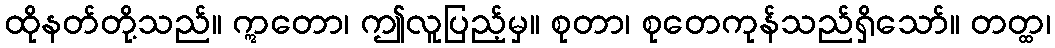
ထိုနတ်တို့သည်။ ဣတော၊ ဤလူပြည့်မှ။ စုတာ၊ စုတေကုန်သည်ရှိသော်။ တတ္ထ၊